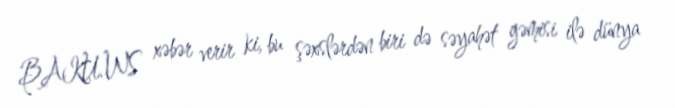
BAKU.WS xəbər verir ki, bu şəxslərdən biri də səyahət gəmisi ilə dünya